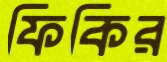
ফিকির